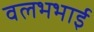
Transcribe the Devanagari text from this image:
वलभभाई